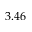
3 . 4 6